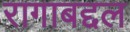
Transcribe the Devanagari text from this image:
रागाबद्दल